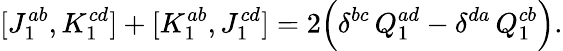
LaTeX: [J_{1}^{ab},K_{1}^{cd}]+[K_{1}^{ab},J_{1}^{cd}]=2\Bigl(\delta^{bc}\, Q_{1}^{ad}-\delta^{da}\, Q_{1}^{cb}\Bigr).